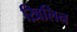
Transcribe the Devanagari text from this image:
ख़िलिन